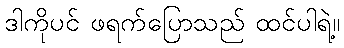
ဒါကိုပင် ဖရက်ပြောသည် ထင်ပါရဲ့။